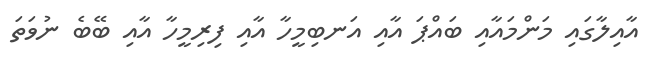
އާއިލާގައި މަންމައާއި ބައްޕަ އާއި އަނބިމީހާ އާއި ފިރިމީހާ އާއި ބޭބެ ނުވަތަ